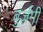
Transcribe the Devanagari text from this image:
बुर्ज़गी